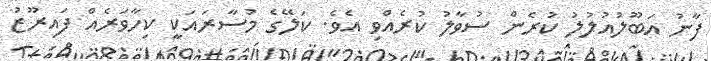
ފާނު އަބޫލުއުލުލު ކުރެން ސުވާލު ކުރެއްވި އެވެ. ކަލޭގެ މުސާރައަކީ ކިހާވަރެއް ފައިރޫޒު